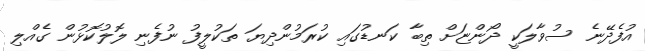
އުފެދޭނެ ސުވާލަކީ ދޯންޏަށް ތިބާ ކަނޑުގައި ކުރަމުންދިޔަ ތަކުލީފު ނުފެނި ލޮލުކޮޅުން ގެއްލި